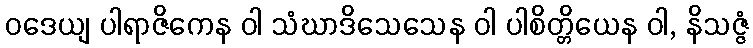
ဝဒေယျ ပါရာဇိကေန ဝါ သံဃာဒိသေသေန ဝါ ပါစိတ္တိယေန ဝါ, နိသဇ္ဇံ